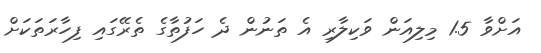
އަށްވާ 1.5 މިލިއަން ވަކިލާރި އެ ތަނުން ދެ ހަފުތާގެ ތެރޭގައި ފިހާރަތަކަށް